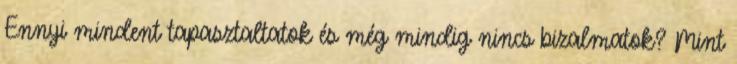
Ennyi mindent tapasztaltatok és még mindig nincs bizalmatok? Mint